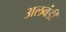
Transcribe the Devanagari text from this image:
अलवंडी